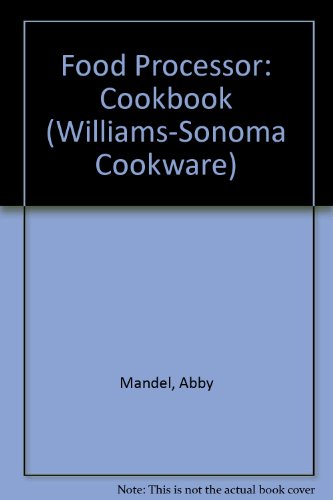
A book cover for Food Processor: Cookbook (Williams-Sonoma Cookware); Abby Mandel; Cookbooks, Food & Wine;